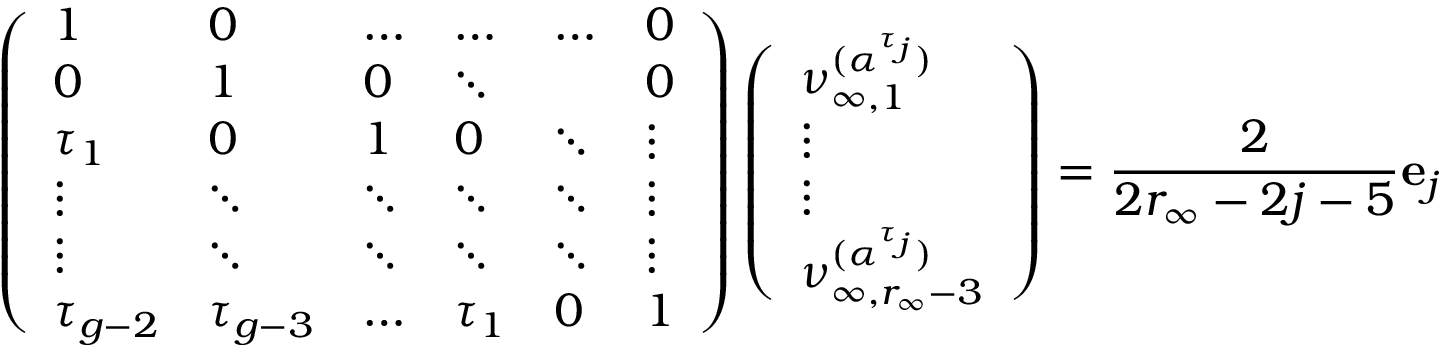
\left( \begin{array} { l l l l l l } { 1 } & { 0 } & { \dots } & { \dots } & { \dots } & { 0 } \\ { 0 } & { 1 } & { 0 } & { \ddots } & & { 0 } \\ { \tau _ { 1 } } & { 0 } & { 1 } & { 0 } & { \ddots } & { \vdots } \\ { \vdots } & { \ddots } & { \ddots } & { \ddots } & { \ddots } & { \vdots } \\ { \vdots } & { \ddots } & { \ddots } & { \ddots } & { \ddots } & { \vdots } \\ { \tau _ { g - 2 } } & { \tau _ { g - 3 } } & { \dots } & { \tau _ { 1 } } & { 0 } & { 1 } \end{array} \right) \left( \begin{array} { l } { \nu _ { \infty , 1 } ^ { ( \boldsymbol { \alpha } ^ { \tau _ { j } } ) } } \\ { \vdots } \\ { \vdots } \\ { \nu _ { \infty , r _ { \infty } - 3 } ^ { ( \boldsymbol { \alpha } ^ { \tau _ { j } } ) } } \end{array} \right) = \frac { 2 } { 2 r _ { \infty } - 2 j - 5 } \mathbf { e } _ { j }